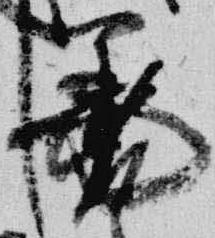
筆